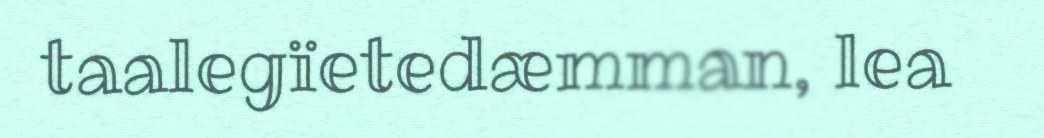
taalegïetedæmman, lea